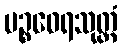
ပဉ္စဝေရသုတ္တံ